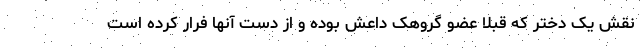
نقش یک دختر که قبلا عضو گروهک داعش بوده و از دست آنها فرار کرده است